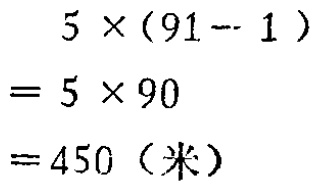
\[

\begin{align*}

&5\times(91 - 1)\\

=&5\times90\\

=&450 (\text{米})

\end{align*}

\]